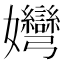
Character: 𡤶